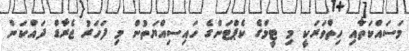
މަސައްކަތާއި ހިތްވަރަކީ މި ޓީމްގެ ކެޕްޓަންގެ ހައިސިއްޔަތުން މި ފަހަރު ޖެރާޑް ދައްކަން